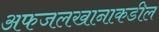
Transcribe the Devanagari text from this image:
अफजलखानाकडील